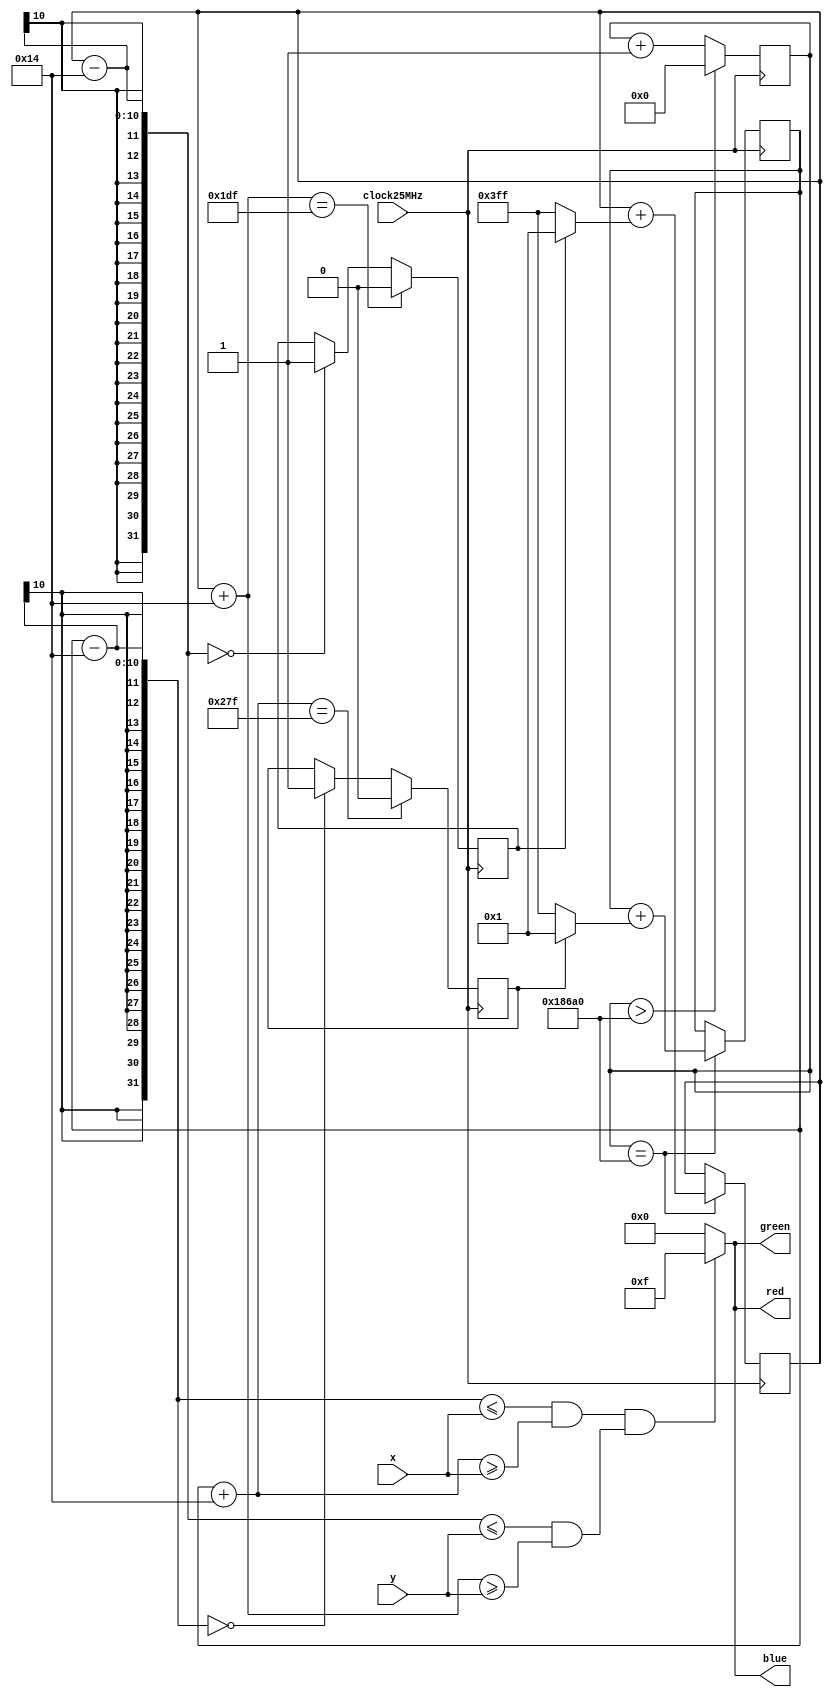
module bouncingSquare(
input clock25MHz,
input [9:0] x,
input [9:0] y,
output [3:0] red,
output [3:0] green,
output [3:0] blue
);
	localparam SPEED_CONSTANT = 100000;
	localparam SQUARE_SIZE = 20;

	// Position of a square
	reg [9:0] squareX =100;
	reg [9:0] squareY = 100;
	
	// Counter for slowing down the animation
	reg [30:0] counter;
	
	// Vertical and horizontal speeds
	// 1 - positive direction, 0 - negative direction
	reg vSpeed = 1;
	reg hSpeed = 1;
	
	// Checking for collisions
	wire topCollision = (squareY-SQUARE_SIZE==0);
   wire bottomCollision = (squareY+SQUARE_SIZE==479);
	wire leftCollision = (squareX-SQUARE_SIZE ==0);
	wire rightCollision = (squareX+SQUARE_SIZE == 639);
	

always @(posedge clock25MHz)
begin
	if(topCollision) vSpeed<=1;
	if(bottomCollision) vSpeed<=0;
	if(leftCollision) hSpeed<=1;
	if(rightCollision) hSpeed<=0;
	counter <= counter + 1;
	if (counter == SPEED_CONSTANT)
	begin
		squareX <= squareX + (hSpeed==1? 1 : -1);
		squareY <= squareY + (vSpeed==1? 1 : -1);
	end
	if(counter>SPEED_CONSTANT) counter<=0;
end

// Drawing a square
wire square = (squareX-SQUARE_SIZE<=x && squareX+SQUARE_SIZE>=x) && (squareY-SQUARE_SIZE<=y && squareY+SQUARE_SIZE>=y);

assign red = (square) ? 4'hF: 0;
assign green = (square) ? 4'hF: 0;
assign blue = (square) ? 4'hF: 0;
endmodule